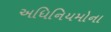
અધિનિયમોના